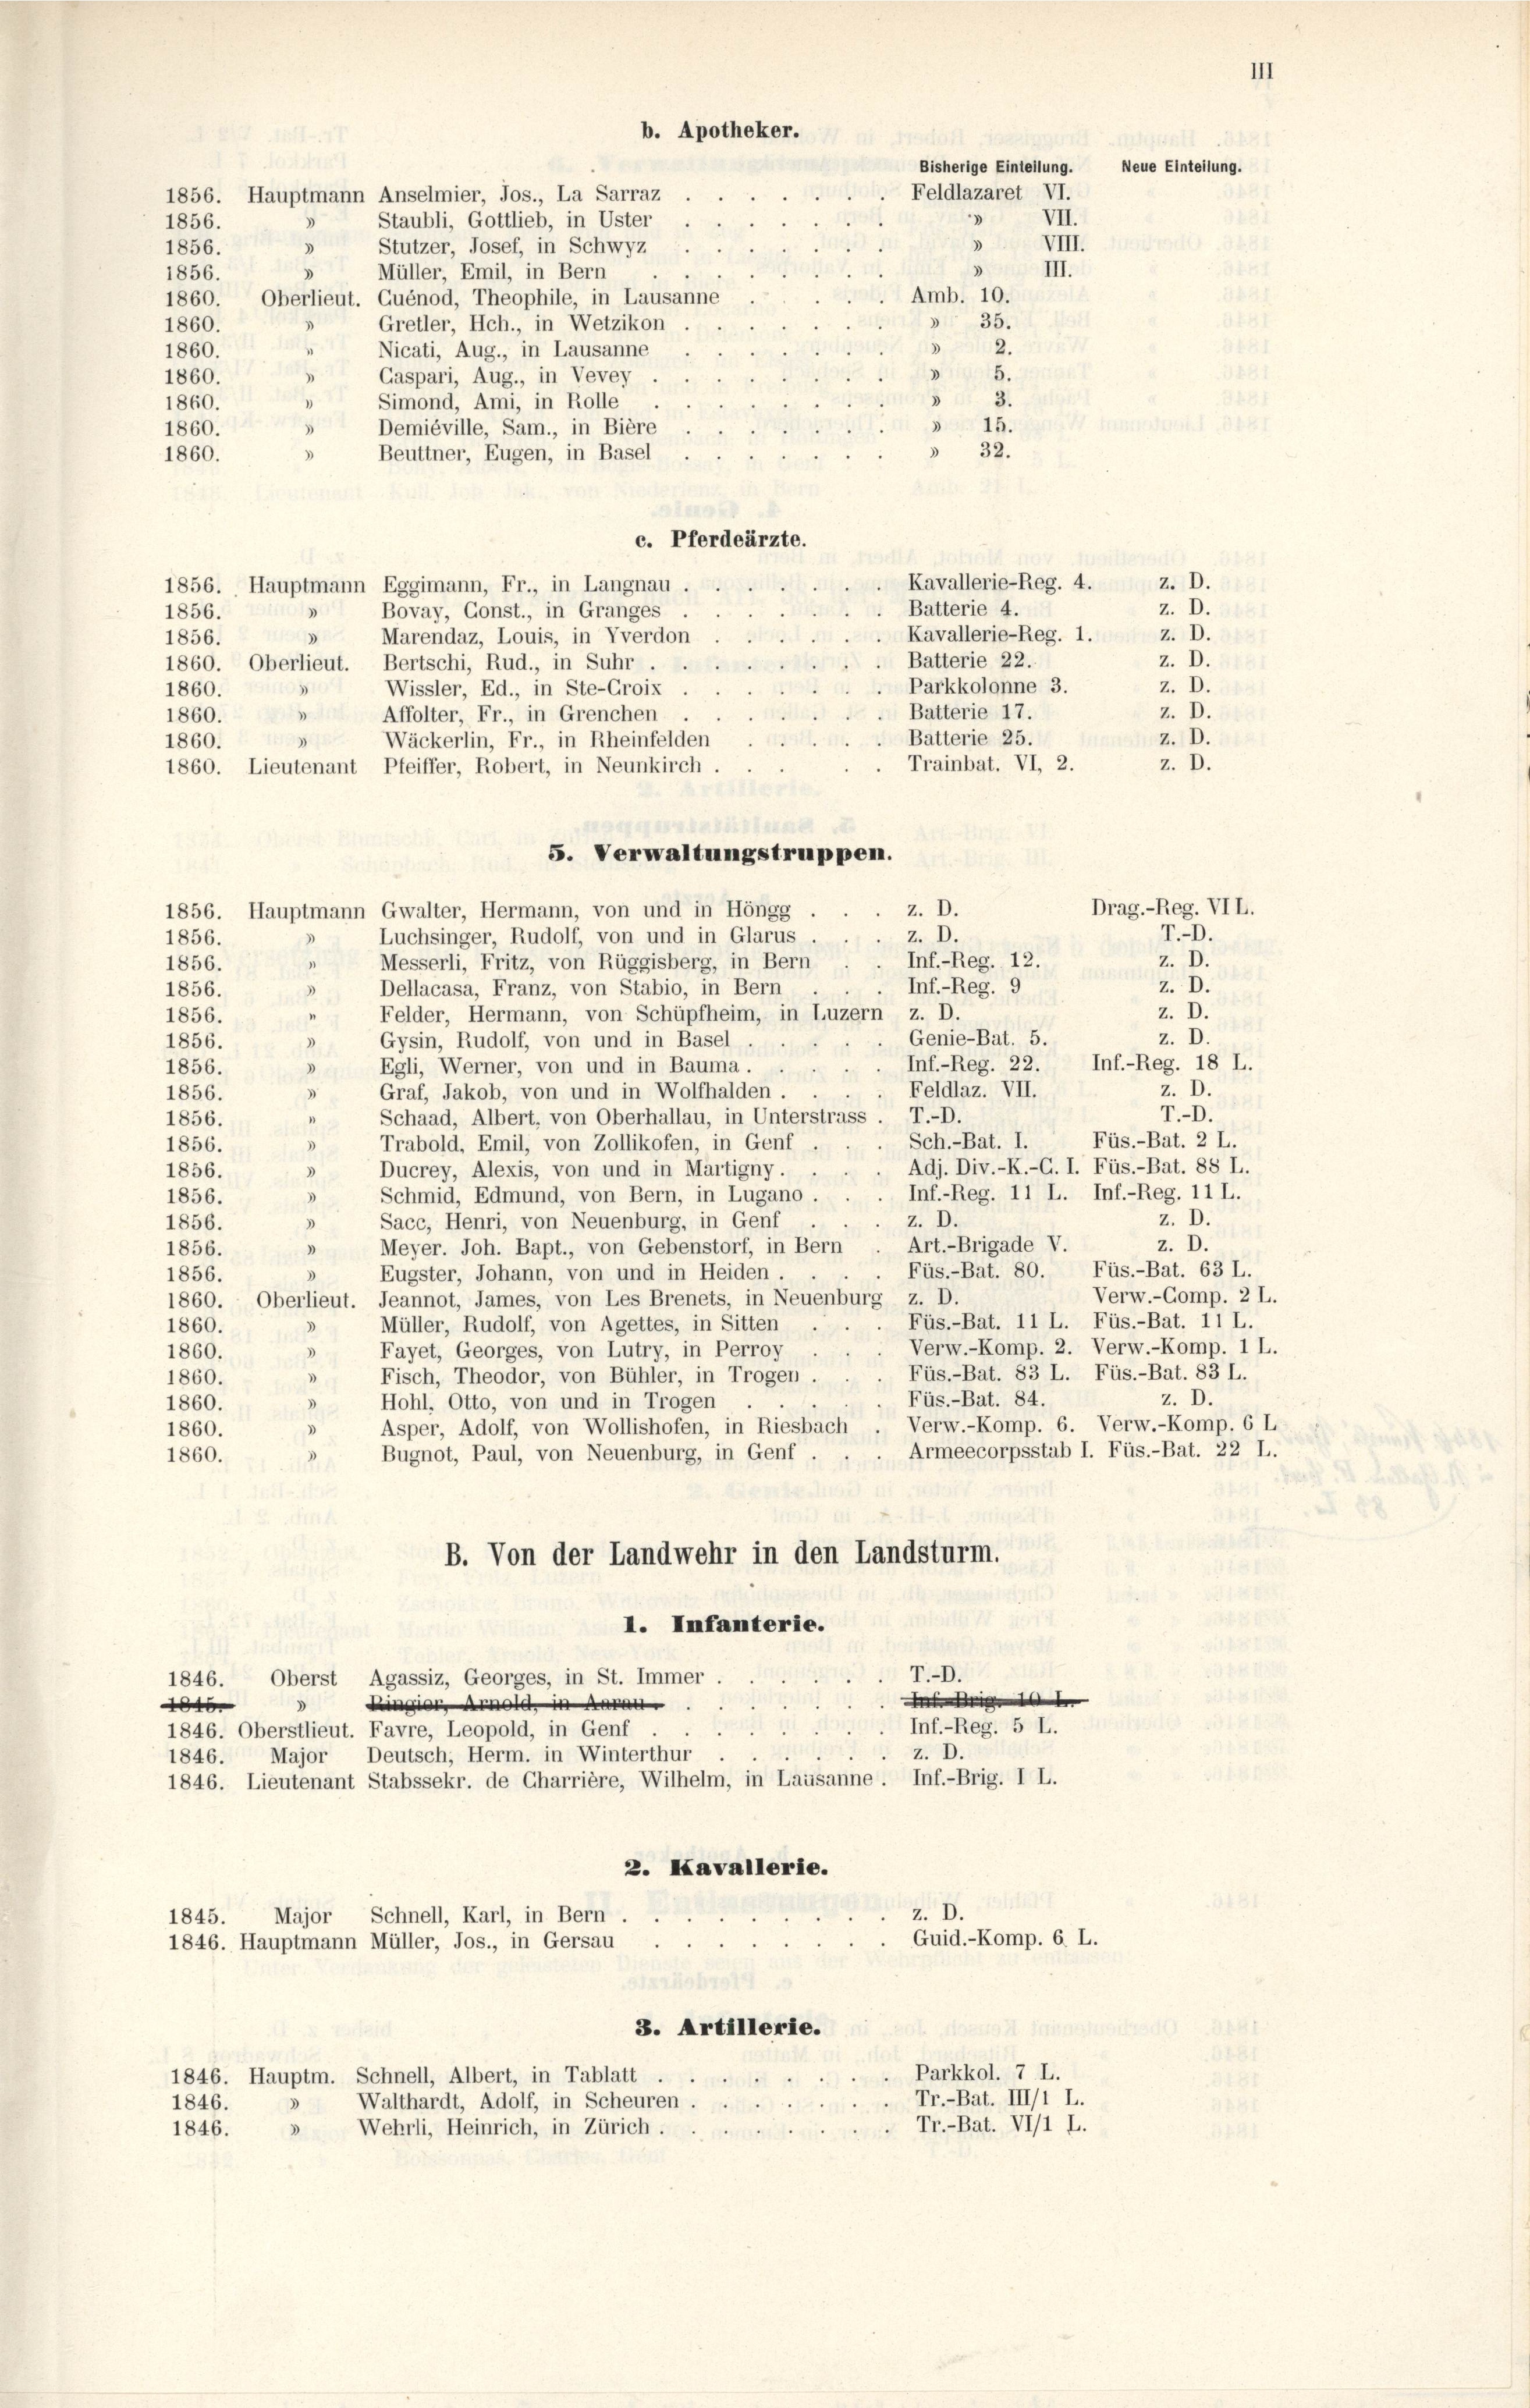
1
b. Apotheker.
247
Bisherige Eintellung. Neue Einteilung.
Feldlazaret VI.
1856. Hauptmann Anselmier, Jos., La Sarraz
4
Staubli, Gottlieb, in Uster
VII.
1856.
)
VIII.
3
Stutzer, Josef, in Schwyz.
3
1856.
» III.
3
Müller, Emil, in Bern
1856.
Amb. 10.
1860. Oberlieut. Quénod, Theophile, in Lausanne

» 35.
Gretler, Hch., in Wetzikon
1860.
2.
.
Nicati, Aug., in Lausanne
1860.
5.
3
)
Gaspari, Aug., in Vevey
1860.
"
 3.
1860.
Simond, Ami, in Rolle
» 15.
Demiéville, Sam., in Bière
1860.
)
32.
1860.
Beuttner, Eugen, in Basel
c. Pferdeärzte.
Kavallerie-Reg. 4. z. D.
1856. Hauptmann Eggimann, Fr., in Langnau,
z. D.
Batterie 4.
Bovay, Gonst., in Granges
1856.
3
z. D.
 Kavallerie-Reg. 1.
1856. » Marendaz, Louis, in Vverdon
Batterie 22.
Z. D.
1860. Oberlieut. Bertschi, Rud., in Suhr.
Parkkolonne 3.
z. D.
Wissler, Ed., in Ste-Groix
3
1860.
Z. D.
Batterie 17.
Affolter, Fr., in Grenchen
.
1860.
Batterie 25.
z. D.
1860. » Wäckerlin, Fr., in Rheinfelden
z. D.
Trainbat. VI, 2.
1860. Lieutenant Pfeiffer, Robert, in Neunkirch.
5. Verwaltungstruppen.
Drag.-Reg. VII.
1856. Hauptmann Gwalter, Hermann, von und in Höngg
T.D.
z. D.
Luchsinger, Rudolf, von und in Glarus.
1856.
3
z. D.
Messerli, Fritz, von Rüggisberg, in Bern
Inf.-Reg. 12.
1856.
z. D.
Inf.-Reg. 9
Dellacasa, Franz, von Stabio, in Bern
1856.
z. D.
Felder, Hermann, von Schüpfheim, in Luzern z. D.
1856.
z. D.
Genie-Bat. 5.
Gysin, Rudolf, von und in Basel.
1856.
Inf.-Reg. 22. Inf.-Reg. 18 L.
Egli, Werner, von und in Bauma.
.
1856.
d
z. D.
Graf, Jakob, von und in Wolfhalden.
Feldlaz. VII.
u
1856.
T.-O.
Schaad, Albert, von Oberhallau, in Unterstrass. T.-D.
1856.
Füs.-Bat. 2 L.
 Sch.-Bat. I.
Trabold, Emil, von Zollikofen, in Genf,
1856.
Adj. Div.-K.-G. I. Füs.-Bat. 88 L.
Ducrey, Alexis, von und in Martigny.
1856.
Inf.-Reg. 11 L. Inf.-Reg. 11 L.
 Schmid, Edmund, von Bern, in Lugano.
1856.
z. D.
z. D.
Sacc, Henri, von Neuenburg, in Genf
2
1856.
z. D.
Art.-Brigade V.
Meyer. Joh. Bapt., von Gebenstorf, in Bern
1856.
“
Füs.-Bat. 80. Füs.-Bat. 63 L.
Eugster, Johann, von und in Heiden.
1856.
)
Verw.-Comp. 2 L.
1860. Oberlieut. Jeannot, James, von Les Brenets, in Neuenburg z. D.
Füs.-Bat. 11 L. Füs.-Bat. 11 L.
Müller, Rudolf, von Agettes, in Sitten
3
1860.
Verw.-Komp. 2. Verw.-Komp. 1 L.
Fayet, Georges, von Lutry, in Perroy .
1860.
Füs.-Bat. 83 L. Füs.-Bat. 83 L.
.
Fisch, Theodor, von Bühler, in Trogen .
1860.
z. D.
Füs.-Bat. 84.
Hohl, Otto, von und in Trogen
1860.
Verw.-Komp. 6. Verw.-Komp. 6 L
Asper, Adolf, von Wollishofen, in Riesbach
1860.
Armeecorpsstab I. Füs.-Bat. 22 L.
Bugnot, Paul, von Neuenburg, in Genf.
1860.
B. Von der Landwehr in den Landsturm.
I. Infanterie.
T.-O.
Oberst Agassiz, Georges, in St. Immer .
1846.
des Siche der
dinie Arnold in Ar
1846
Inf.-Reg. 5 L.
.
1846. Oberstlieut. Favre, Leopold, in Genf
z. D.
1846. Major, Deutsch, Herm. in Winterthur
1846. Lieutenant Stabssekr. de Charrière, Wilhelm, in Lausanne. Inf.-Brig. I L.
2. Kavallerie.
z. D.
Major Schnell, Karl, in Bern.
1845.
Guid.-Komp. 6. L.
1846. Hauptmann Müller, Jos., in Gersau
3. Artillerie.
Parkkol. 7 L.
1846. Hauptm. Schnell, Albert, in Tablatt
Tr.-Bat. III/1 L.
Walthardt, Adolf, in Scheuren.
1846.
Tr.-Bat. VI/1 L.
Wehrli, Heinrich, in Zürich.
1846.
3

z. D.